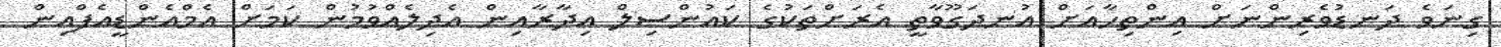
ގިނަވެ ދަނޑުވެރިންނަށް އިންތިހާއަށް އުނދަގޫވާތީ އެރަށްތަކުގެ ކައުންސިލް އިދާރާއިން އެދިލެއްވުމުން ކަމަށް އެމްއެންޑީއެފްއިން